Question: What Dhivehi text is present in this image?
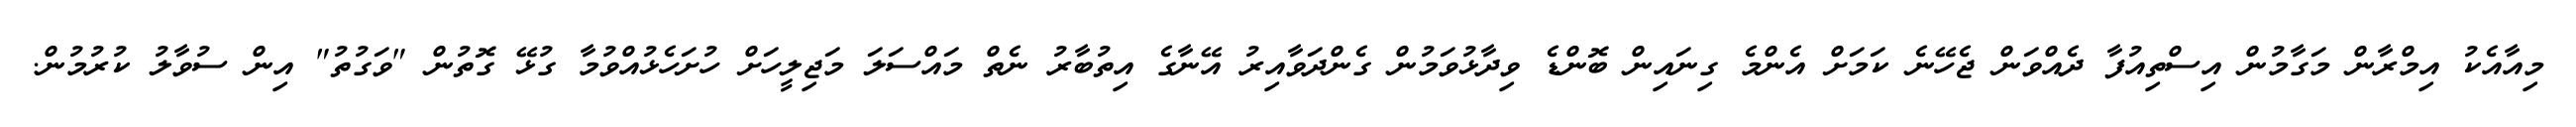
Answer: މިއާއެކު އިމްރާން މަގާމުން އިސްތިއުފާ ދެއްވަން ޖެހޭނެ ކަމަށް އެންމެ ގިނައިން ބޮންޑެ ވިދާޅުވަމުން ގެންދަވާއިރު އޭނާގެ އިތުބާރު ނެތް މައްސަލަ މަޖިލީހަށް ހުށަހެޅުއްވުމާ ގުޅޭ ގޮތުން "ވަގުތު" އިން ސުވާލު ކުރުމުން.